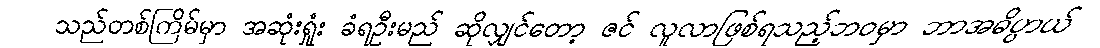
သည်တစ်ကြိမ်မှာ အဆုံးရှုံး ခံရဦးမည် ဆိုလျှင်တော့ ဇင် လူလာဖြစ်ရသည့်ဘဝမှာ ဘာအဓိပ္ပာယ်